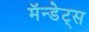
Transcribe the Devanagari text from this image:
मॅन्डेट्स